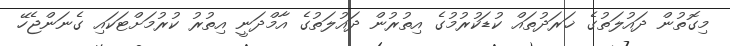
މިގޮތުން ދައުލަތުގެ ޚަރަދުތައް ކުޑަކުރުމުގެ އިތުރުން ދައުލަތުގެ އާމްދަނީ އިތުރު ކުރުމަށްޓަކައި ގެނަންޖެހޭ